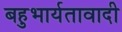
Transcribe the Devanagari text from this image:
बहुभार्यतावादी